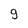
Character: 9